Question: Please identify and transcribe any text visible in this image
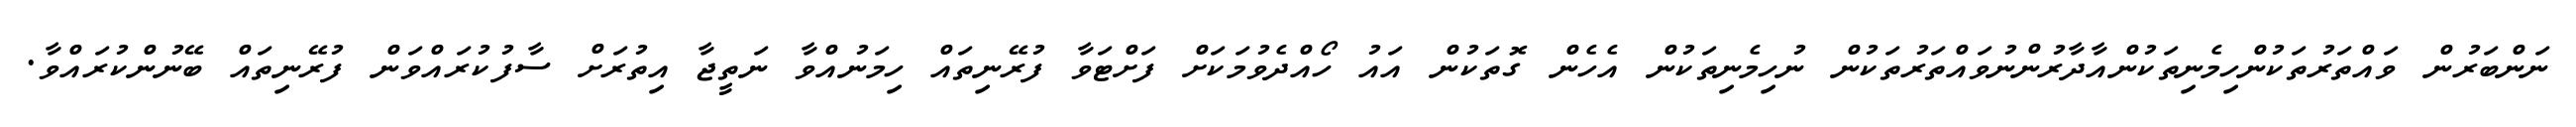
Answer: ނަންބަރުން ވައްތަރުތަކުންހިމެނިތަކުންއާދާރުންނުވައްތަރުތަކުން ނުހިމެނިތަކުން އެހެން ގޮތަކުން އައު ހޯއްދެވުމަކަށް ފަށްޓަވާ ފުރޭނިތައް ހިމަނުއްވާ ނަތީޖާ އިތުރަށް ސާފުކުރައްވަން ފުރޭނިތައް ބޭނުންކުރައްވާ.